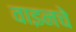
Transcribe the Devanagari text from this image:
वाइनचे